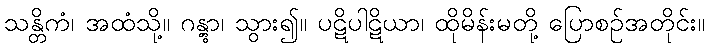
သန္တိကံ၊ အထံသို့။ ဂန္တွာ၊ သွား၍။ ပဋိပါဋိယာ၊ ထိုမိန်းမတို့ ပြောစဉ်အတိုင်း။